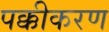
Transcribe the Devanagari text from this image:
पक्कीकरण